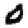
Digit: 0